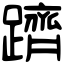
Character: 躋